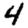
Digit: 4